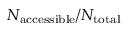
N _ { \mathrm { a c c e s s i b l e } } / N _ { \mathrm { t o t a l } }